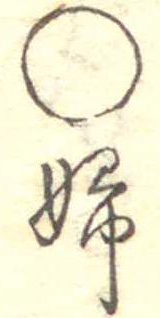
○婦